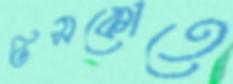
ডিসকোতে